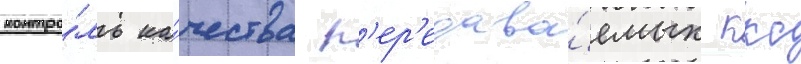
контро́ль ка́чества п'ер'едава́емых ккс